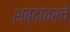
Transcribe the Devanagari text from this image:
शब्दांवरचे